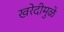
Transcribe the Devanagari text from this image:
खरेदीमुळे